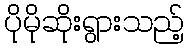
ပိုမိုဆိုးရွားသည့်